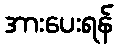
အားပေးရန်